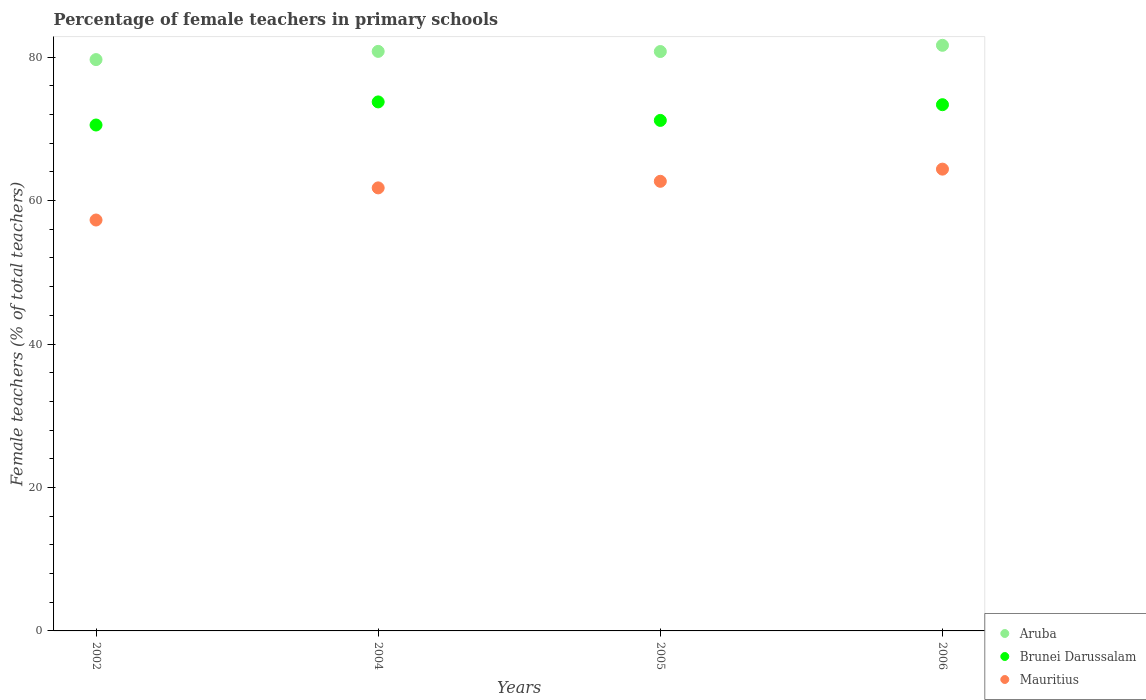
| Years | Aruba | Brunei Darussalam | Mauritius |
 | --- | --- | --- | --- |
 | 2002 | 79.7 | 70.5 | 57.3 |
 | 2004 | 80.8 | 73.8 | 61.8 |
 | 2005 | 80.8 | 71.2 | 62.7 |
 | 2006 | 81.6 | 73.4 | 64.4 |